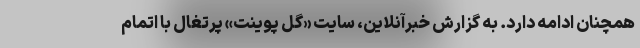
همچنان ادامه دارد. به گزارش خبرآنلاین، سایت «گل پوینت» پرتغال با اتمام